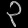
Digit: ၃